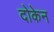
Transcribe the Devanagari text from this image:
दोकेन